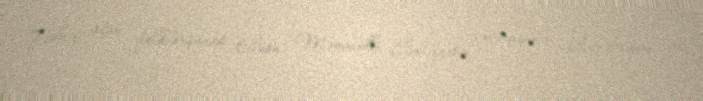
Tədbiri açan folklorşünas Elxan Məmmədli Cəmiyyətin məramının Azərbaycan və